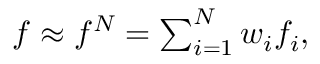
\begin{array} { r } { f \approx f ^ { N } = \sum _ { i = 1 } ^ { N } w _ { i } f _ { i } , } \end{array}